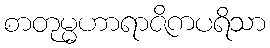
စာတုမ္မဟာရာဇိကပရိသာ